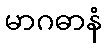
မာဂဓာနံ